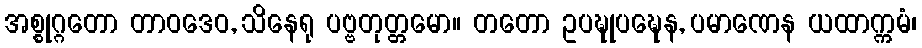
အစ္စုဂ္ဂတော တာဝဒေဝ, သိနေရု ပဗ္ဗတုတ္တမော။ တတော ဥပဍ္ဎုပဍ္ဎေန, ပမာဏေန ယထာက္ကမံ၊